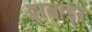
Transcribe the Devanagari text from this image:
द्वावोइर